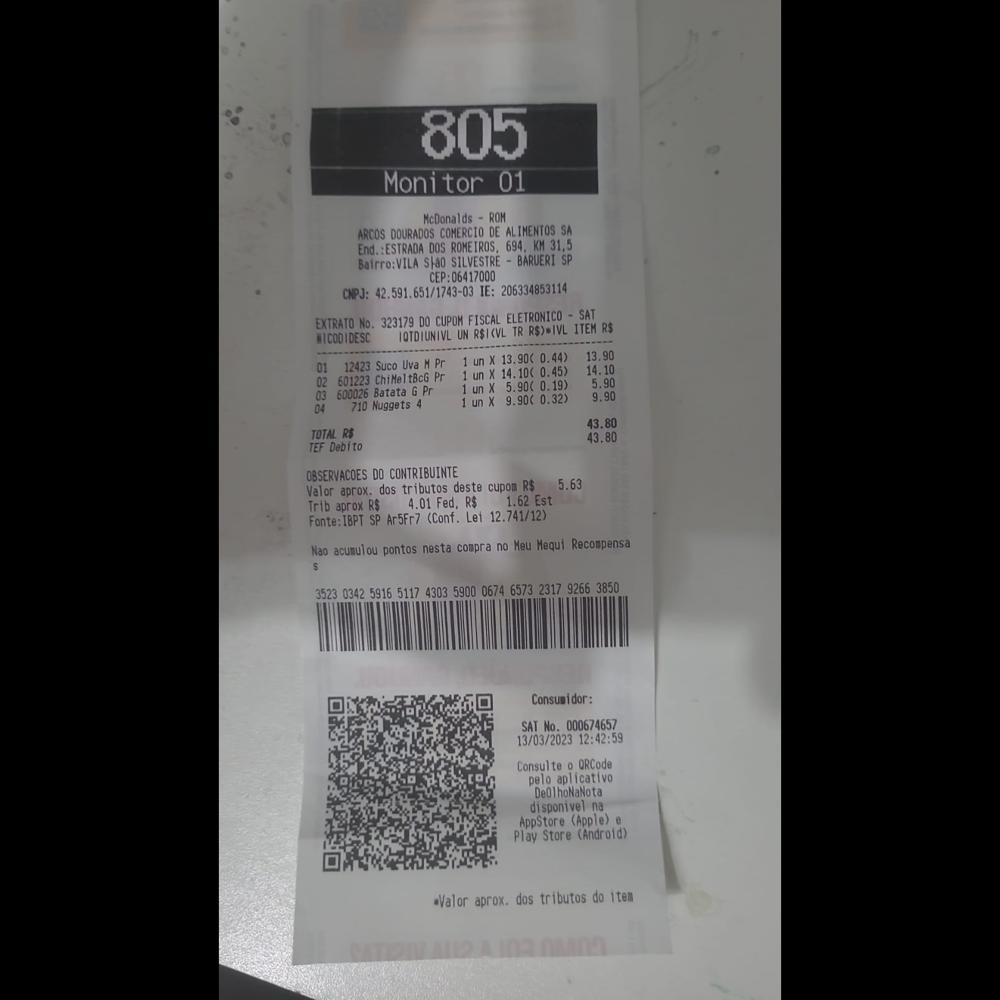
805 Monitor 01 McDonalds ROM ARCOS DOURADOS COMERCIO DE ALIMENTOS SA End.:ESTRADA DOS ROMETROS, 694. KM 31,5 Bairro:VILA Sia0 SILVESTRE BARUERI SP CEP:06417000 CNPJ: 42.591.651/1743-03 IE: 206334853114 EXTRATO No. 323179 DO CUPOM FISCAL ELETRONICO ITEM SAT RS RICODIDESC IOTDIUNIVL UN RSIKVL TR RS)-IVL 01 12423 Suco Uva MI Pr 1unX 13.900 0.44) 13.90 14.10 02 601223 ChiMeltBcG Pr 1un X 14.100 0.45) 5.90 03 600026 Batata G Pr 1unX 5.900 9.900 0.19) 0.32) 9.90 04 710 Nuggets 4 1unX 43.80 43,80 TOTAL RS TEF Debito OBSERVACOES DO CONTRIBUINTE Valor aprox. dos tributos deste cupon RS 5.63 Trib aprox RS 4.01 Fed, R$ 1.62 Est Fonte:IBPT SP Ar5Fr7 (Conf. Lei 12.741/12) Nao acumulou pontos nesta compra no Meu Mequi Recompensa RRXRRNSEMMREINA Consumidor: SAT No. 000674657 13/03/2023 12:42:59 Consulte o ORCode pelo aplicativo De0lhoNaNota disponivel na AppStore (Apple) 0 Play Store (Android) wValor aprox. dos tributos do iten